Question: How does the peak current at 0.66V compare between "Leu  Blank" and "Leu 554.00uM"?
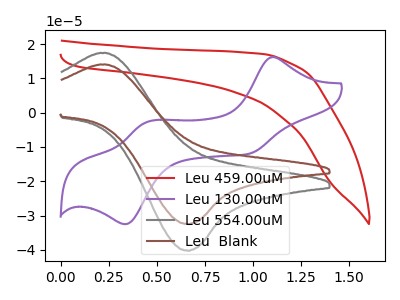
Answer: <think>The red curve "Leu 459.00uM" has no peaks. The purple curve "Leu 130.00uM" has anodic peaks at (1.10V, 16.20uA) (0.45V, -2.75uA) and cathodic peaks at (1.00V, -11.95uA) (0.35V, -32.50uA). The gray curve "Leu 554.00uM" has an anodic peak at (0.20V, 17.35uA) and a cathodic peak at (0.65V, -40.25uA). The brown curve "Leu  Blank" has an anodic peak at (0.20V, 14.00uA) and a cathodic peak at (0.65V, -32.45uA).</think>
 <answer>The peak at 0.66V is lower in "Leu  Blank" than in "Leu 554.00uM".</answer>
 <eval>lower</eval>